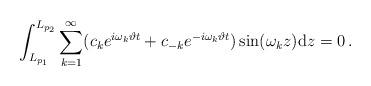
LaTeX: \begin{align*}\int_{L_{p_{1}}}^{L_{p_{2}}}\overset{\infty}{\underset{\mathop{k=1}}{\mathop{\sum}}}(c_{k}e^{i\omega_{k}\vartheta t}+c_{-k}e^{-i\omega_{k}\vartheta t})\sin(\omega_{k}z)\mathrm{d}z=0\,.\end{align*}